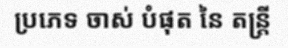
ប្រភេទ ចាស់ បំផុត នៃ តន្ត្រី